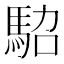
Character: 𩢟